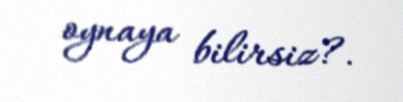
oynaya bilirsiz?.